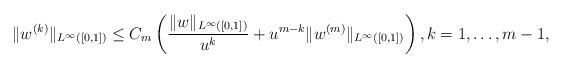
LaTeX: \begin{align*}\|w^{(k)}\|_{L^{\infty}([0,1])} \leq C_m \left( \frac{\|w\|_{L^{\infty}([0,1])}}{u^k} + u^{m-k} \|w^{(m)}\|_{L^{\infty}([0,1])} \right), k=1, \dots, m-1,\end{align*}